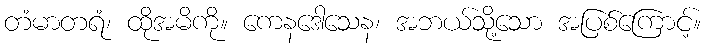
တံမာတရံ၊ ထိုအမိကို။ ကေနဒေါသေန၊ အဘယ်သို့သော အပြစ်ကြောင့်။